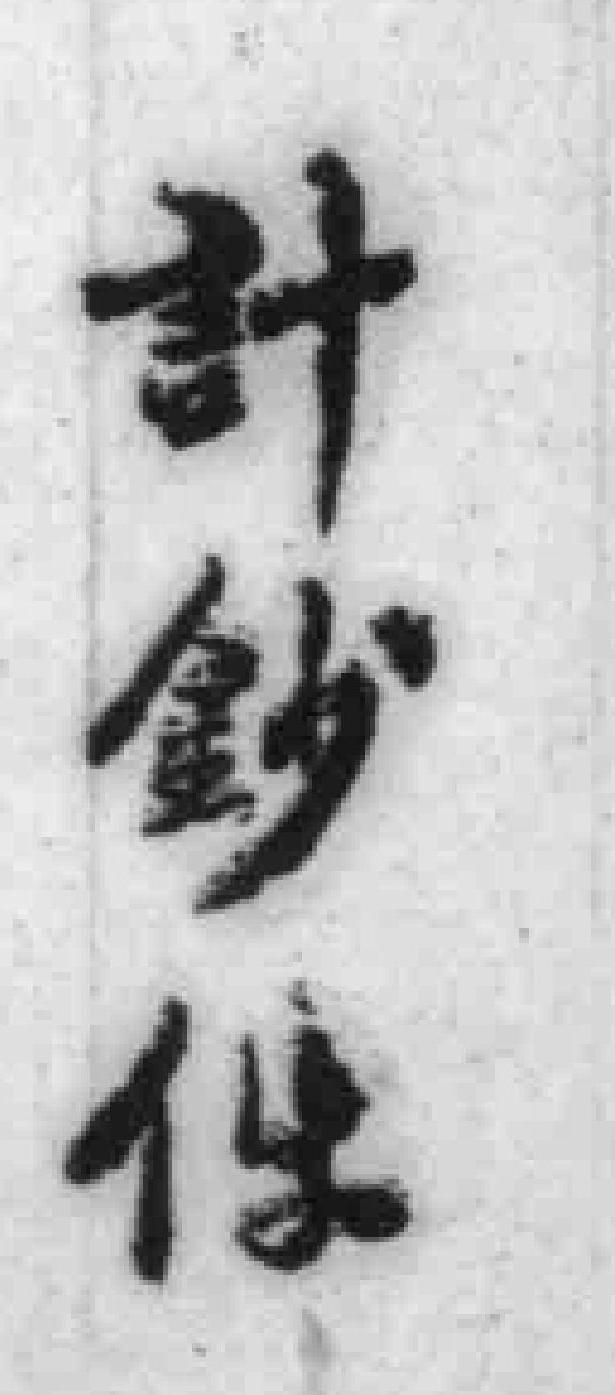
計纱件